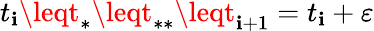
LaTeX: t_{\mathbf{i}}\leqt_{*}\leqt_{**}\leqt_{\mathbf{i}+1}=t_{\mathbf{i}}+\varepsilon